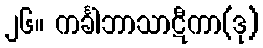
၂၆။ ကင်္ခါဘာသာဋီကာ(ဒု)